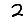
Digit: 2